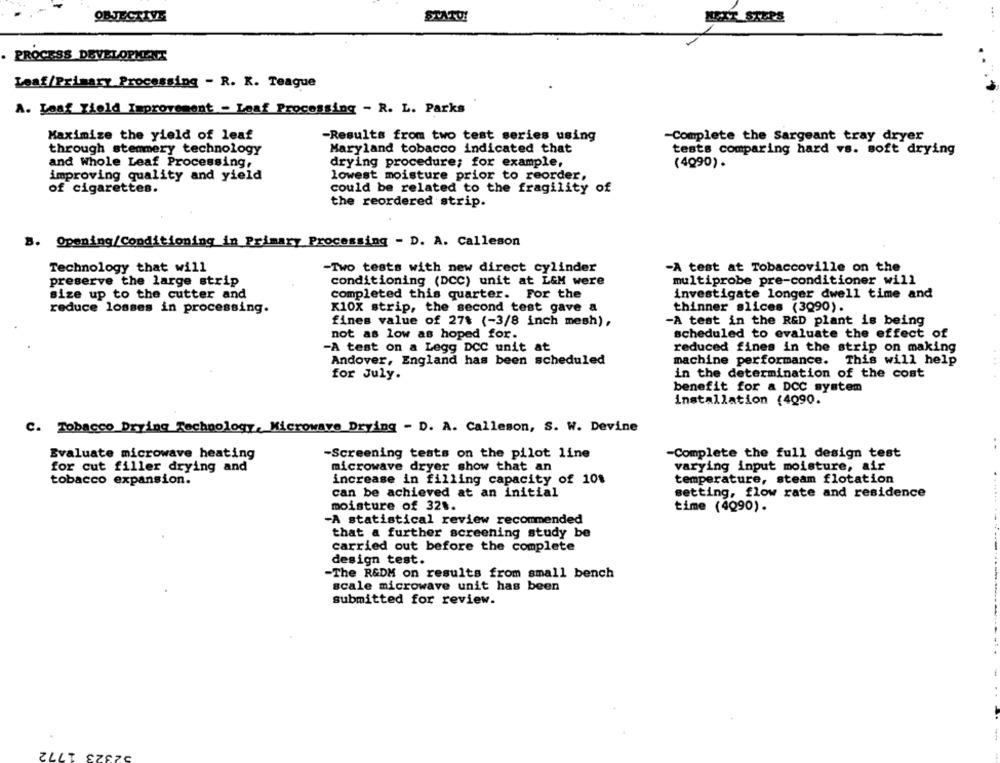
OBJECTIVE
STATO!
NEXT STEPS
PROCESS DEVELOPMENT
Leaf/Primary Processing - R. K. Teague
A. Loaf Yield Improvement - Leaf Processing - R. L. Parks
Maximize the yield of leaf
-Results from two test series using
-Complete the Sargeant tray dryer
through stemmery technology
Maryland tobacco indicated that
tests comparing hard vs. soft drying
and Whole Leaf Processing,
drying procedure; for example,
(4Q90).
lowest moisture prior to reorder,
improving quality and yield
of cigarettes.
could be related to the fragility of
the reordered strip.
B. Opening/Conditioning in Primary Processing - D. A. Calleson
Technology that will
-A test at Tobaccoville on the
-Two tests with new direct cylinder
preserve the large strip
conditioning (DCC) unit at L&M were
multiprobe pre-conditioner will
size up to the cutter and
completed this quarter. For the
investigate longer dwell time and
reduce losses in processing.
K10X strip, the second test gave a
thinner slices (3Q90).
fines value of 27$ (-3/8 inch mesh),
-A test in the R&D plant is being
not as low as hoped for.
scheduled to evaluate the effect of
-A test on a Legg DCC unit at
reduced fines in the strip on making
Andover, England has been scheduled
machine performance.
This will help
for July.
in the determination of the cost
benefit for a DCC system
installation (4090.
C. Tobacco Drying Technology, Microwave Drying - D. A. Calleson, S. W. Devine
Evaluate microwave heating
-Screening tests on the pilot line
-Complete the full design test
for cut filler drying and
microwave dryer show that an
varying input moisture, air
increase in filling capacity of 10$
temperature, steam flotation
tobacco expansion.
can be achieved at an initial
setting, flow rate and residence
moisture of 321.
time (4Q90).
-A statistical review recommended
that a further screening study be
carried out before the complete
design test.
-The R&DM on results from small bench
scale microwave unit has been
submitted for review.
1772